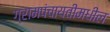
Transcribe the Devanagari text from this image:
ग्रामपंचायतीमधील